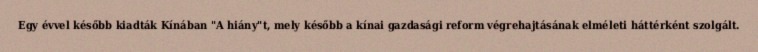
Egy évvel később kiadták Kínában "A hiány"t, mely később a kínai gazdasági reform végrehajtásának elméleti háttérként szolgált.